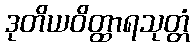
ဒုတိယဝိတ္ထာရသုတ္တံ